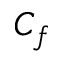
C _ { f }